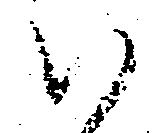
ハ